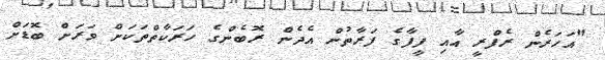
"އަހަރެން ރެފްރީ އާއި ފީފާގެ ފަރާތުން އެދެން ރޮބެންގެ ހަރަކާތްތަކަށް ވަރަށް ބޮޑަށް